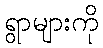
ရွာများကို